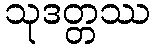
သုဒတ္တဿ